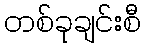
တစ်ခုချင်းစီ